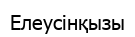
Елеусінқызы